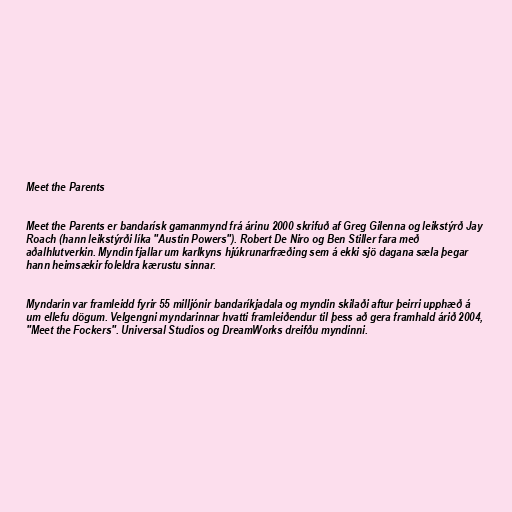
Meet the Parents

Meet the Parents er bandarísk gamanmynd frá árinu 2000 skrifuð af Greg Gilenna og leikstýrð Jay
Roach (hann leikstýrði líka "Austin Powers"). Robert De Niro og Ben Stiller fara með
aðalhlutverkin. Myndin fjallar um karlkyns hjúkrunarfræðing sem á ekki sjö dagana sæla þegar
hann heimsækir foleldra kærustu sinnar.

Myndarin var framleidd fyrir 55 milljónir bandaríkjadala og myndin skilaði aftur þeirri upphæð á
um ellefu dögum. Velgengni myndarinnar hvatti framleiðendur til þess að gera framhald árið 2004,
"Meet the Fockers". Universal Studios og DreamWorks dreifðu myndinni.